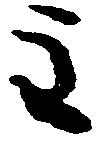
主